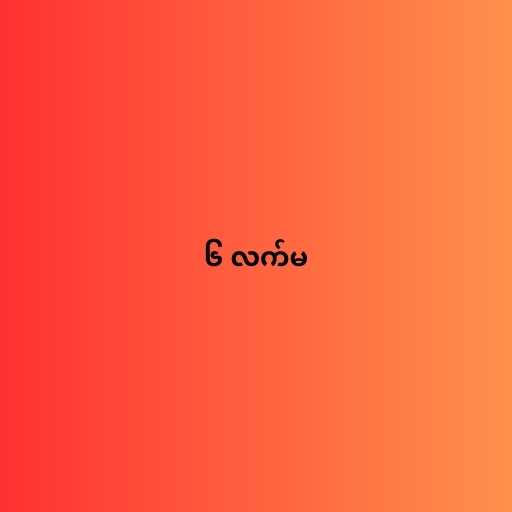
၆ လက်မ